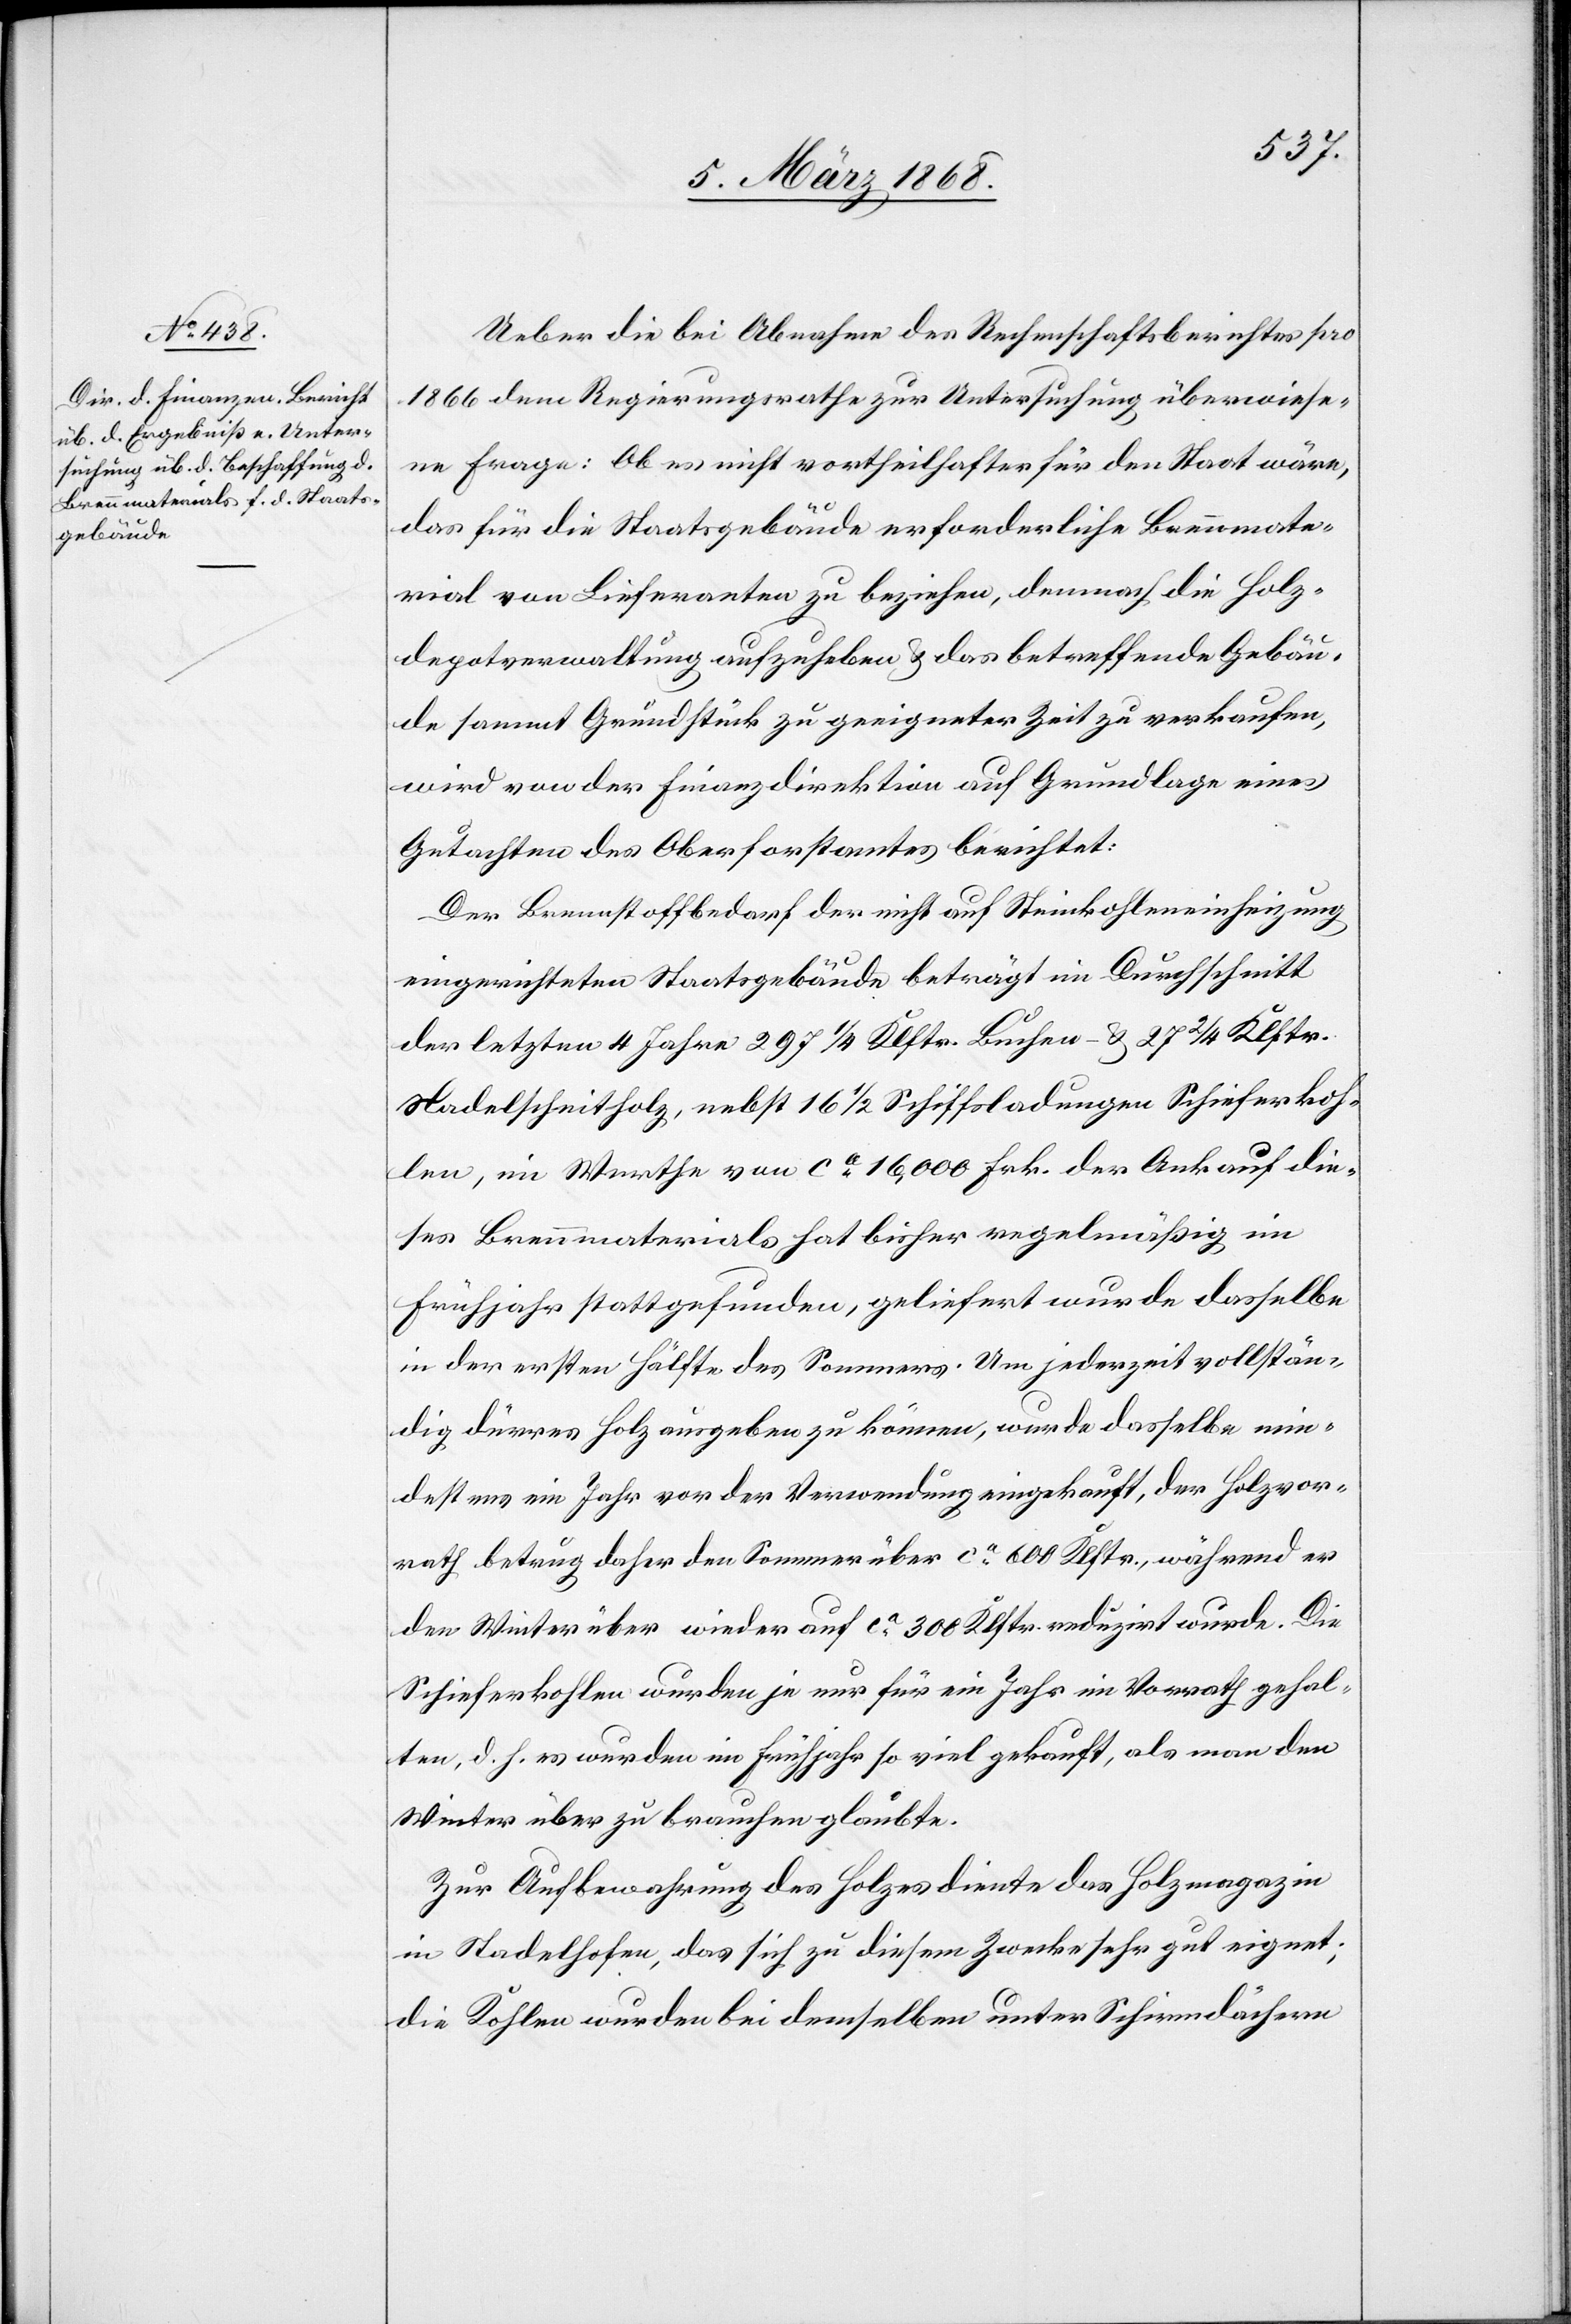
Ueber die bei Abnahme des Rechenschaftsberichtes pro
1866 dem Regierungsrathe zur Untersuchung überwiese¬
ne Frage: Ob es nicht vortheilhafter für den Staat wäre,
das für die Staatsgebäude erforderliche Brennmate¬
rial von Lieferanten zu beziehen, demnach die Holz¬
depotverwaltung aufzugeben & das betreffende Gebäu¬
de sammt Grundstück zu geeigneter Zeit zu verkaufen,
wird von der Finanzdirektion auf Grundlage eines
Gutachten[s] des Oberforstamtes berichtet:
Der Brennstoffbedarf der nicht auf Steinkohleneinheizung
eingerichteten Staatsgebäude beträgt im Durchschnitt
der letzten 4 Jahre 297 1/4 Klftr. Buchen- & 27 2/4 Klftr.
Nadelscheitholz, nebst 16 1/2 Schiffsladungen Schieferkoh¬
len, im Werthe von ca. 16,000 Frk. der Ankauf die¬
ses Brennmaterials hat bisher regelmäßig im
Frühjahr stattgefunden, geliefert wurde dasselbe
in der ersten Hälfte des Sommers. Um jederzeit vollstän¬
dig dürres Holz ausgeben zu können, wurde dasselbe min¬
destens ein Jahr vor der Verwendung eingekauft, der Holzvor¬
rath betrug daher den Sommer über ca. 600 Klftr., während er
den Winter über wieder auf ca. 300 Klftr. reduzirt wurde. Die
Schieferkohlen wurden je nur für ein Jahr im Vorrath gehal¬
ten, d. h. es wurde im Frühjahr so viel gekauft, als man den
Winter über zu brauchen glaubte.
Zur Aufbewahrung des Holzes diente das Holzmagazin
in Stadelhofen, das sich zu diesem Zwecke sehr gut eignet;
die Kohlen wurden bei demselben unter Schirmdächern